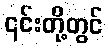
၎င်းတို့တွင်